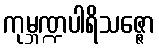
ကုမ္ဘဏ္ဍပါရိသဇ္ဇော